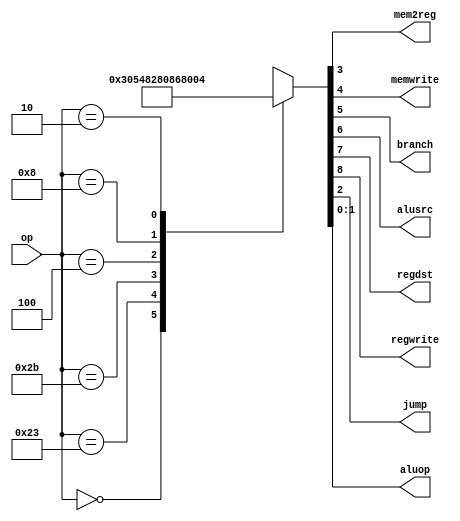
`timescale 1ns / 1ps
//////////////////////////////////////////////////////////////////////////////////
// Company: 
// 
// Design Name: 
// Module Name: main_decoder
// Project Name: 
// Target Devices: 
// Tool Versions: 
// Description: 
// 
// Dependencies: 
// 
// Revision:
// Revision 0.01 - File Created
// Additional Comments:
// 
//////////////////////////////////////////////////////////////////////////////////


module main_decoder(
    input [5:0] op,
    output mem2reg, memwrite,
    output branch, alusrc,
    output regdst, regwrite,
    output jump,
    output [1:0] aluop
    );
    
    reg [8:0] controls;
    
    assign {regwrite, regdst, alusrc, branch, memwrite, mem2reg,jump, aluop}=controls;
    
    always@(*)
    case(op)
    6'b000000:controls<=9'b110000010;//Rtype
    6'b100011:controls<=9'b101001000;//LW
    6'b101011:controls<=9'b001010000;//SW
    6'b000100:controls<=9'b000100001;//BEQ
    6'b001000:controls<=9'b101000000;//ADDI
    6'b000010:controls<=9'b000000100;//J
    default:controls<=9'bxxxxxxxxx;//???
    endcase
    
endmodule